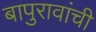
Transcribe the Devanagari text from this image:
बापुरावांची